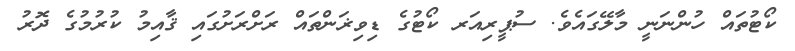
ކޯޓުތައް ހުންނަނީ މާލޭގައެވެ. ސުޕީރިއަރ ކޯޓުގެ ޑިވިޜަންތައް ރަށްރަށުގައި ޤާއިމު ކުރުމުގެ ދޮރު